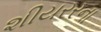
શીયરરના